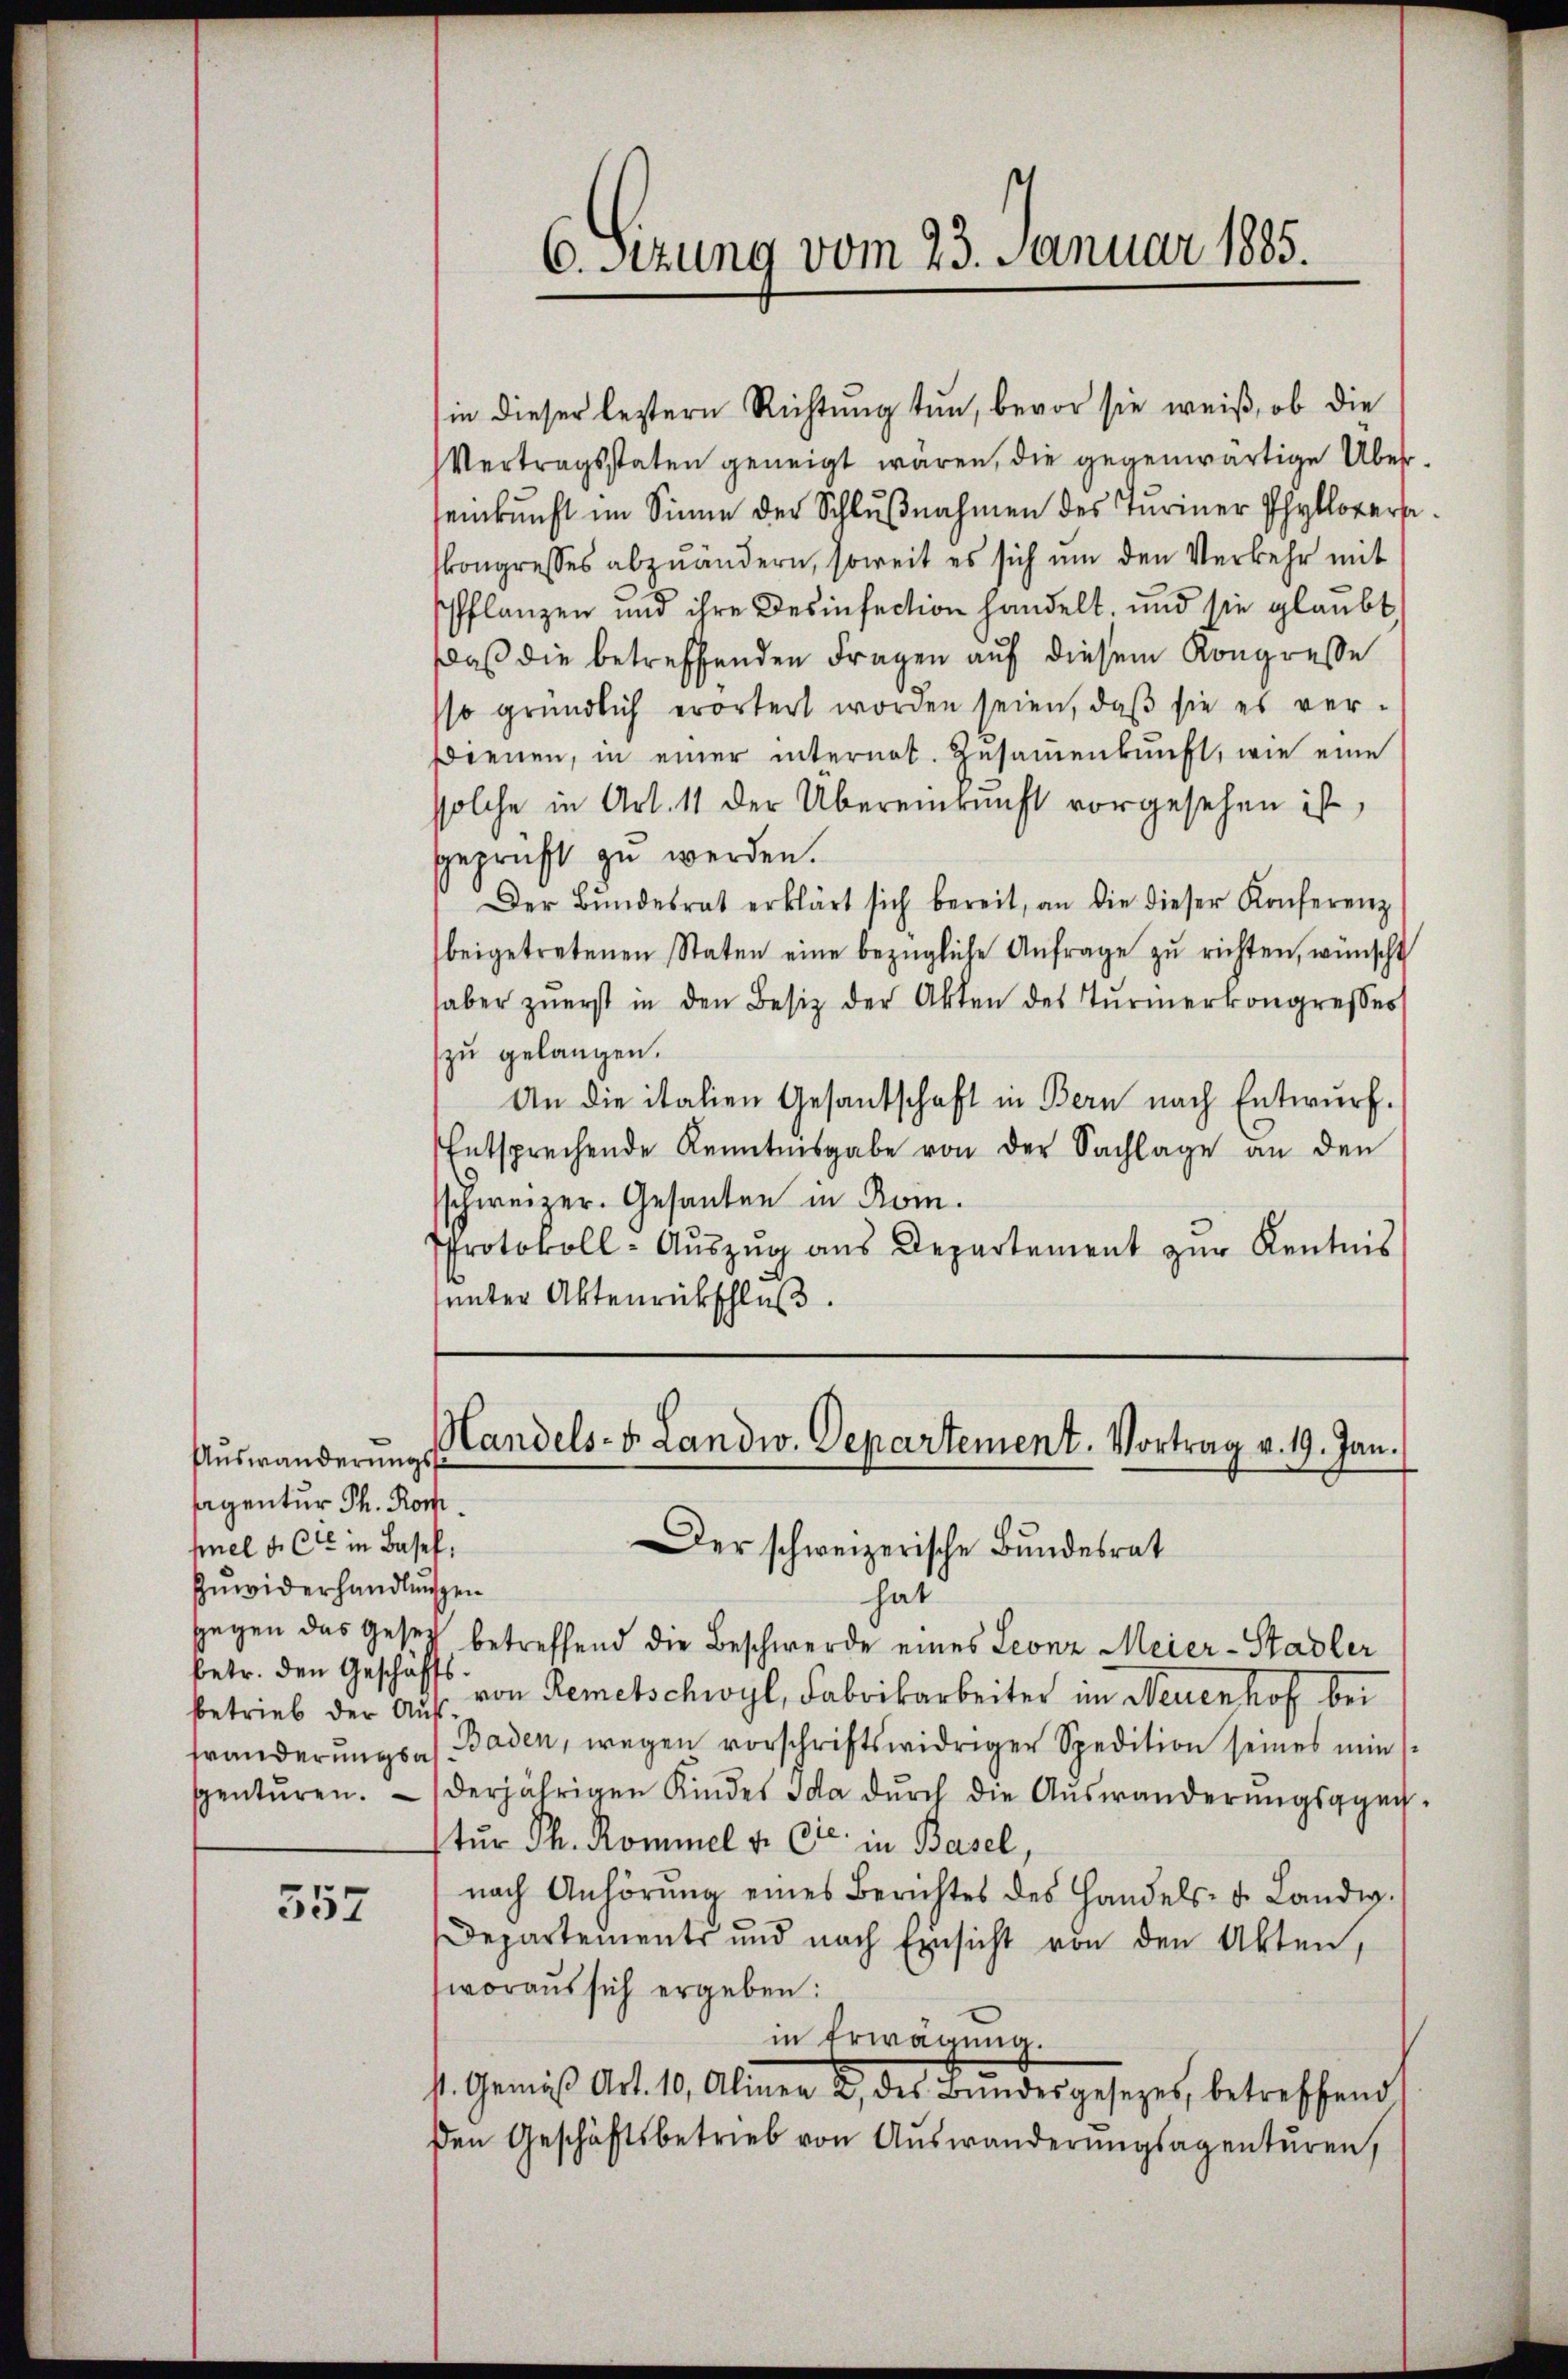
Auswanderungs
sagentur Th. Komhel u. Cie in Basel,
Zuwiderhandlungen
betr. den Geschäfts

552

hat
gegen das Gesetz betreffend die Beschwerde eines Leonz Meier-Stadler
betrieb der Aŭf von Remetschwyl, Fabrikarbeiter im Neuenhof bei
tränderŭngsas Baden, wegen vorschriftswidriger Spedition seines min
spentŭren. derjährigen Kindes Ida dŭrch die Aŭswänderŭngsge-
tur Th. Rommel v. Cie in Basel,
nach Anhörŭng eines Berichtes des Handels- u. Landw.
Departements und nach Einsicht von den Akten,
woraus sich ergeben:
in Erwägung.
st. Gemäβ Art. 10, Alinea 2 des Bŭndesgesetzes, betreffend
den Geschäftsbetrieb von Auswanderŭngsagenturen,

6. Sitzung vom 23. Januar 1885.

(in dieser leztern Richtung tun, bevor sie weiß, ob die
Vertragsstaten geneigt wären, die gegenwärtige Überseinkunft im Sinne der Schlŭβnahmen des Turiner Phylloverse
skongresses abzuändern, soweit es sich um den Verkehr mit
Pflanzen und ihre Desinsection handelt, und sie glaubt,
Daß die betreffenden Fragen auf diesem Kongresse
sso gründlich erörtert worden seien, daß sie es ver-
Bienen, in einer internat. Zusammenkunft, wie eine
ssolche in Art. 11 der Übereinkunft vorgesehen ist,
geprüft zu werden.
Der Bŭndesrat erklärt sich bereit, an die dieser Konferenz
beigetretenen Staten eine bezügliche Anfrage zŭ richten, wünscht
haber zŭerst in den Besitz der Akten des Tŭrmerkongresses
zu gelangen.
An die italien Gesandschaft in Bern nach Entwurf.
Entsprechende Kenntnisgabe von der Sachlage an den
sschweizer. Gesanten in Rom.
Protokoll- Aŭszŭg ans Departement zŭr Kentnis
unter Aktenrückschluß.

Handels- & Landw. Departement. Vortrag v. 19. Jan.
Der schweizerische Bundesrat